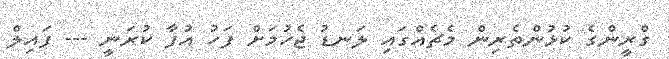
ގްރީންގެ ކުޅުންތެރިން މެޗެއްގައި ލަނޑު ޖެހުމަށް ފަހު އުފާ ކުރަނީ --- ފައިލް